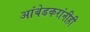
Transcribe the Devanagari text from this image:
आंबेडकरांनीही